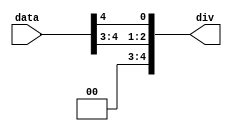
module shift_c_5_bit_right_2_bit (data, div);
input [4:0] data;
output [4:0] div;
reg [4:0] div;
reg temp;

always @ ( data ) begin
  temp = data[4];
  div = data >> 2;
  div[0] = temp;

end

endmodule // shift_c_5_bit_right_2_bit